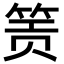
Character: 𬕂